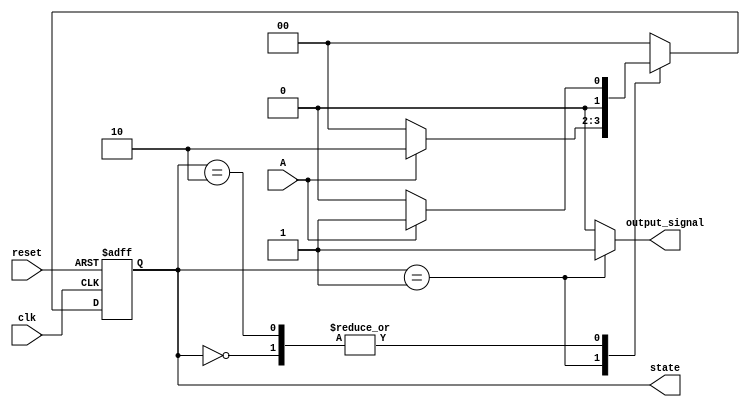
module moore_fsm (
    input wire clk,        // Clock signal
    input wire reset,      // Asynchronous reset
    input wire A,          // Input signal
    output reg [1:0] state, // Current state (2 bits for 3 states)
    output reg output_signal // Output signal
);

// State encoding
localparam S0 = 2'b00;
localparam S1 = 2'b01;
localparam S2 = 2'b10;

// State transition logic
always @(posedge clk or posedge reset) begin
    if (reset) begin
        state <= S0; // Reset to initial state S0
    end else begin
        case (state)
            S0: begin
                if (A) begin
                    state <= S1; // Transition from S0 to S1 when A is high
                end else begin
                    state <= S0; // Stay in S0 when A is low
                end
            end
            S1: begin
                if (A) begin
                    state <= S2; // Transition from S1 to S2 when A is high
                end else begin
                    state <= S0; // Transition back to S0 when A is low
                end
            end
            S2: begin
                if (A) begin
                    state <= S1; // Transition from S2 to S1 when A is high
                end else begin
                    state <= S0; // Transition back to S0 when A is low
                end
            end
            default: state <= S0; // Default case to handle unexpected states
        endcase
    end
end

// Output logic based on current state
always @(state) begin
    case (state)
        S0: output_signal = 1'b0; // Output is 0 in state S0
        S1: output_signal = 1'b1; // Output is 1 in state S1
        S2: output_signal = 1'b0; // Output is 0 in state S2
        default: output_signal = 1'b0; // Default output
    endcase
end

endmodule